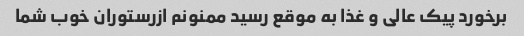
برخورد پیک عالی و غذا به موقع رسید ممنونم ازرستوران خوب شما